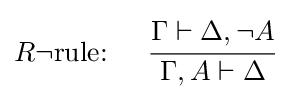
R\lnot {\text{rule: }}\quad {\cfrac {\Gamma \vdash \Delta ,\lnot A}{\Gamma ,A\vdash \Delta }}